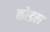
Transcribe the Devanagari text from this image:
कोडल